Civil Veterinary Department. Madras. Admin. report 1926-33 - 1926-1933
Year: 1926
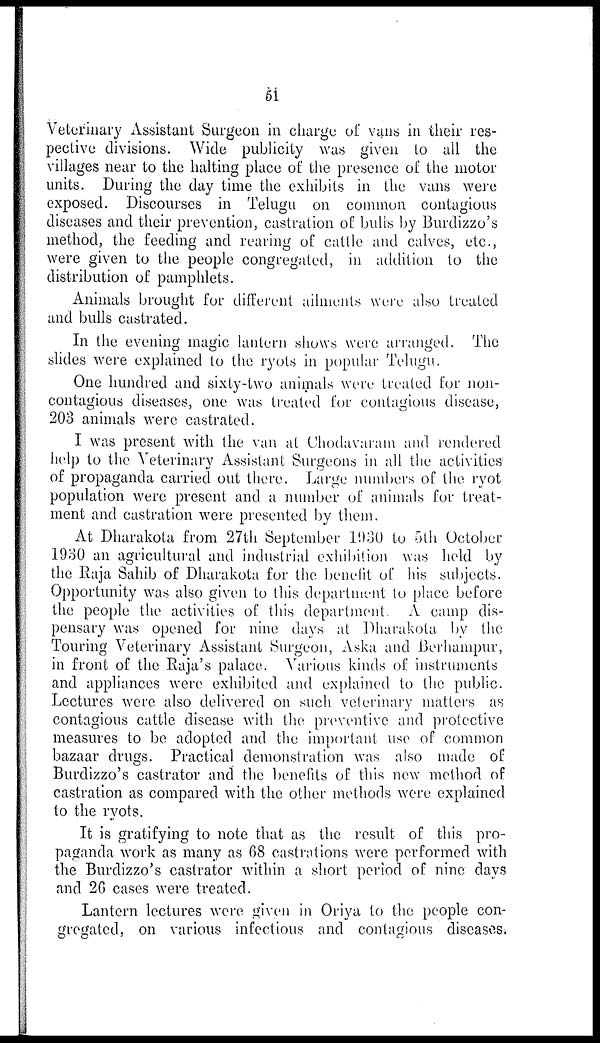
51
Veterinary Assistant Surgeon in charge of vans in their res-
pective divisions. Wide publicity was given to all the
villages near to the halting place of the presence of the motor
units. During the day time the exhibits in the vans were
exposed. Discourses in Telugu on common contagious
diseases and their prevention, castration of bulls by Burdizzo's
method, the feeding and rearing of cattle and calves, etc.,
were given to the people congregated, in addition to the
distribution of pamphlets.
Animals brought for different ailments were also treated
and bulls castrated.
In the evening magic lantern shows were arranged. The
slides were explained to the ryots in popular Telugu.
One hundred and sixty-two animals were treated for non-
contagious diseases, one was treated for contagious disease,
203 animals were castrated.
I was present with the van at Chodavaram and rendered
help to the Veterinary Assistant Surgeons in all the activities
of propaganda carried out there. Large numbers of the ryot
population were present and a number of animals for treat-
ment and castration were presented by them.
At Dharakota from 27th September 1930 to 5th October
1930 an agricultural and industrial exhibition was held by
the Raja Sahib of Dharakota for the benefit of his subjects.
Opportunity was also given to this department to place before
the people the activities of this department. A camp dis-
pensary was opened for nine days at Dharakota by the
Touring Veterinary Assistant Surgeon, Aska and Berhampur,
in front of the Raja's palace. Various kinds of instruments
and appliances were exhibited and explained to the public.
Lectures were also delivered on such veterinary matters as
contagious cattle disease with the preventive and protective
measures to be adopted and the important use of common
bazaar drugs. Practical demonstration was also made of
Burdizzo's castrator and the benefits of this new method of
castration as compared with the other methods were explained
to the ryots.
It is gratifying to note that as the result of this pro-
paganda work as many as 68 castrations were performed with
the Burdizzo's castrator within a short period of nine days
and 26 cases were treated.
Lantern lectures were given in Oriya to the people con-
gregated, on various infectious and contagious diseases.